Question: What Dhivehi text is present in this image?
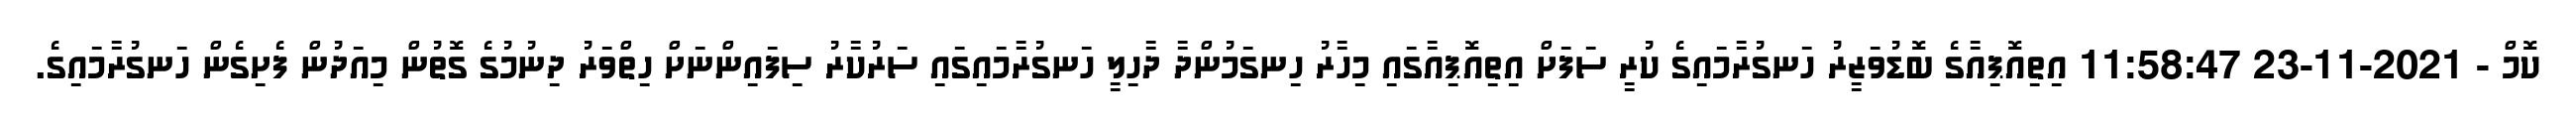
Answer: ކޮމް - 2021-11-23 11:58:47 އިތިއޮޕިއާގެ ބޮޑުވަޒީރު ހަނގުރާމައިގެ ކުރީ ސަފަށް އިތިއޮޕިއާގައި މިހާރު ހިނގަމުންދާ ދާހިލީ ހަނގުރާމައިގައި ސަރުކާރު ސިފައިންނަށް ހިތްވަރު ދިނުމުގެ ގޮތުން މިއަދުން ފެށިގެން ހަނގުރާމައިގެ.